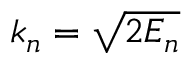
k _ { n } = \sqrt { 2 E _ { n } }